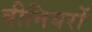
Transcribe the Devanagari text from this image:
वीनियरों